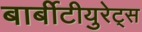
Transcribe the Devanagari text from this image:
बार्बीटीयुरेट्स